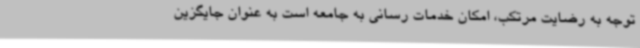
توجه به رضایت مرتکب، امکان خدمات رسانی به جامعه است به عنوان جایگزین